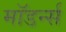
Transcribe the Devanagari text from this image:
मॉडर्न्स